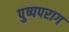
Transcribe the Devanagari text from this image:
पुष्पपराग